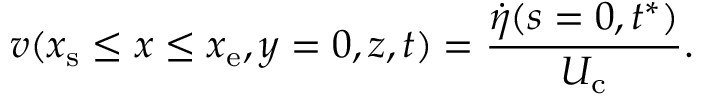
v ( x _ { \mathrm { s } } \le x \le x _ { \mathrm { e } } , y = 0 , z , t ) = \frac { \dot { \eta } ( s = 0 , t ^ { * } ) } { U _ { \mathrm { c } } } .